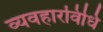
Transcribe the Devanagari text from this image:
व्यवहारविधि